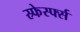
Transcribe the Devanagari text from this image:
स्र्फेर्स्फ्स